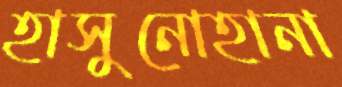
হাসুনোহানা